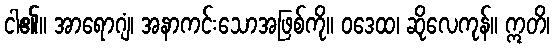
ငါ၏။ အာရောဂျံ၊ အနာကင်းသောအဖြစ်ကို။ ဝဒေထ၊ ဆိုလေကုန်။ ဣတိ၊